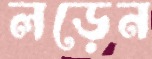
লড়েন